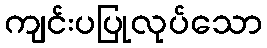
ကျင်းပပြုလုပ်သော